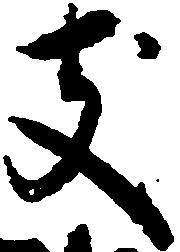
支